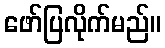
ဖော်ပြလိုက်မည်။